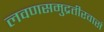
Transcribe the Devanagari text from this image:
लवणसमुद्रतीरवासं